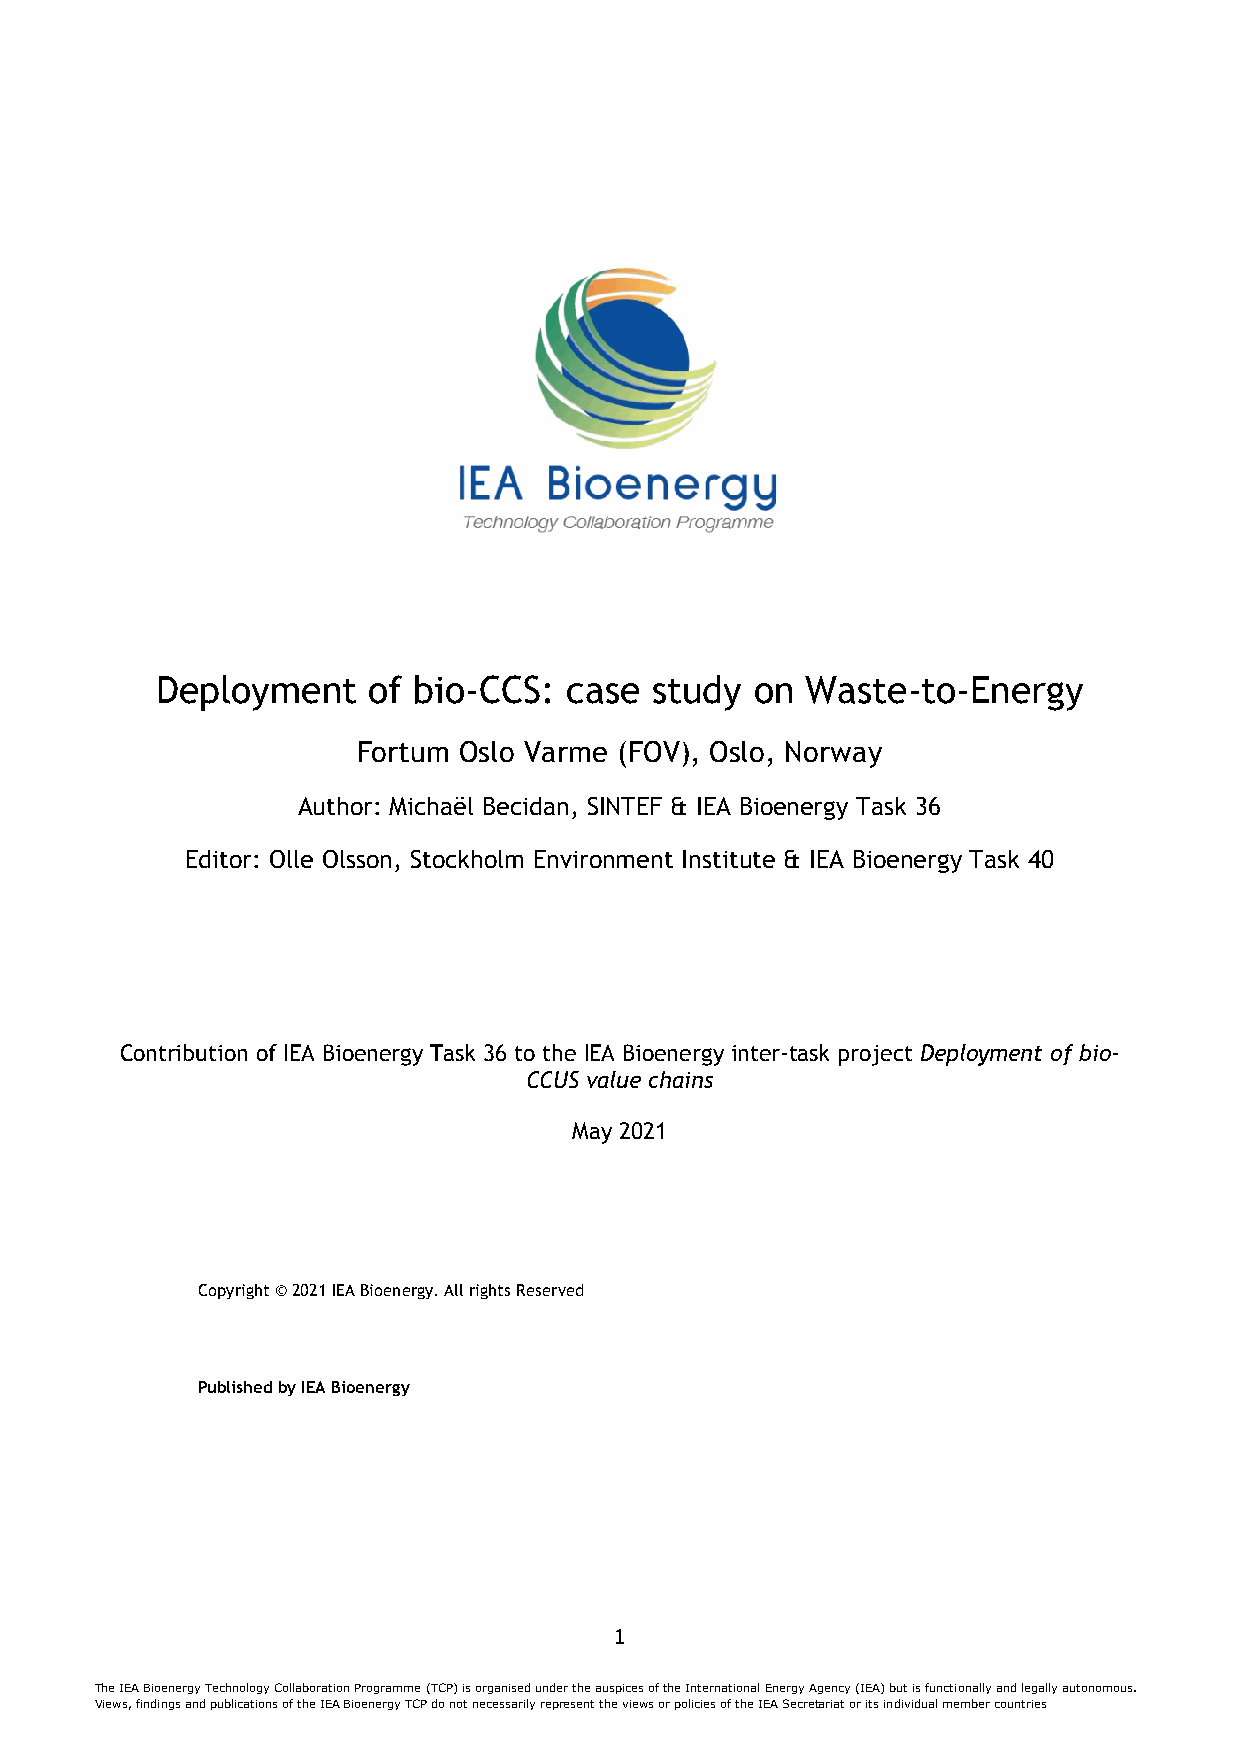
Deployment    of bio-CCS:   case study  on Waste-to-Energy
 Fortum Oslo Varme (FOV), Oslo, Norway
 Author: Michaël Becidan, SINTEF & IEA Bioenergy Task 36
 Editor: Olle Olsson, Stockholm Environment Institute & IEA Bioenergy Task 40
 Contribution of IEA Bioenergy Task 36 to the IEA Bioenergy inter-task project Deployment of bio-
 CCUS value chains
 May 2021
 Title of publication
 Subtitle of publication
 Copyright © 2021 IEA Bioenergy. All rights Reserved
 Authors and / or acknowledgements here
 Published by IEA Bioenergy
 Edited by
 1
 The IEA Bioene rgy Technology Collaboration Programme (TCP) is organised under the auspices of the International Energy Agency (IEA) but is functionally and legally autonomous.
 Views, findings and publications of the IEA Bioenergy TCP do not necessarily represent the views or policies of the IEA Secretariat or its individual member countries